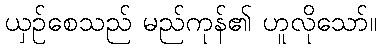
ယှဉ်စေသည် မည်ကုန်၏ ဟူလိုသော်။